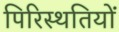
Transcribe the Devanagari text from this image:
पिरिस्थतियों